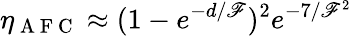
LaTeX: \eta_{\mathrm{~A~F~C~}}\approx(1-e^{-d/\mathscr{F}})^{2}e^{-7/\mathscr{F}^{2}}